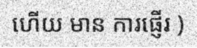
ហើយ មាន ការផ្ញើរ )